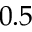
0 . 5